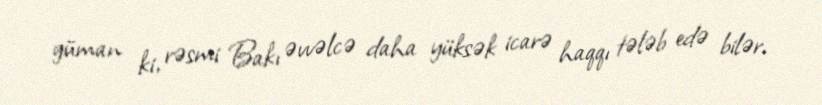
güman ki, rəsmi Bakı əvvəlcə daha yüksək icarə haqqı tələb edə bilər.